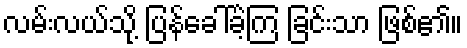
လမ်းလယ်သို့ ပြန်ခေါ်ခဲ့ကြ ခြင်းသာ ဖြစ်၏။